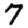
Digit: 7